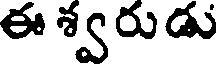
ఈ శ్వరుడు